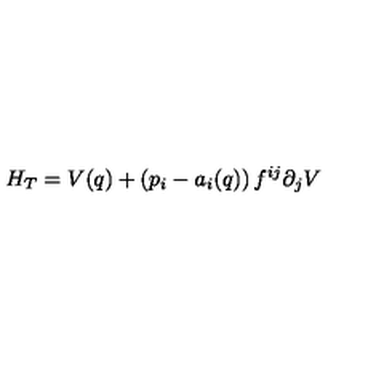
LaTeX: H _ { T } = V ( q ) + \left( p _ { i } - a _ { i } ( q ) \right) f ^ { i j } \partial _ { j } V